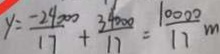
y = \frac { - 2 4 0 0 0 } { 1 7 } + \frac { 3 4 0 0 0 } { 1 7 } = \frac { 1 0 0 0 0 } { 1 7 } m